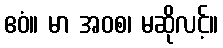
ဧဝံ။ မာ အဝစ၊ မဆိုလင့်။